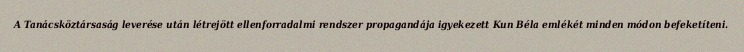
A Tanácsköztársaság leverése után létrejött ellenforradalmi rendszer propagandája igyekezett Kun Béla emlékét minden módon befeketíteni.